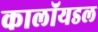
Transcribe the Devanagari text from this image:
कालॉयडल